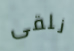
نلقى